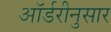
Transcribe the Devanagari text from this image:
ऑर्डरीनुसार